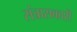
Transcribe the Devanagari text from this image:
संत्रासकारी